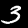
Digit: 3